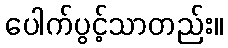
ပေါက်ပွင့်သာတည်း။